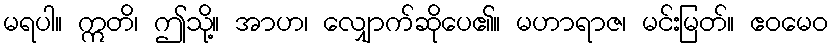
မရပါ။ ဣတိ၊ ဤသို့။ အာဟ၊ လျှောက်ဆိုပေ၏။ မဟာရာဇ၊ မင်းမြတ်။ ဧဝမေဝ